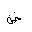
Letter: _dad